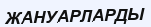
ЖАНУАРЛАРДЫ